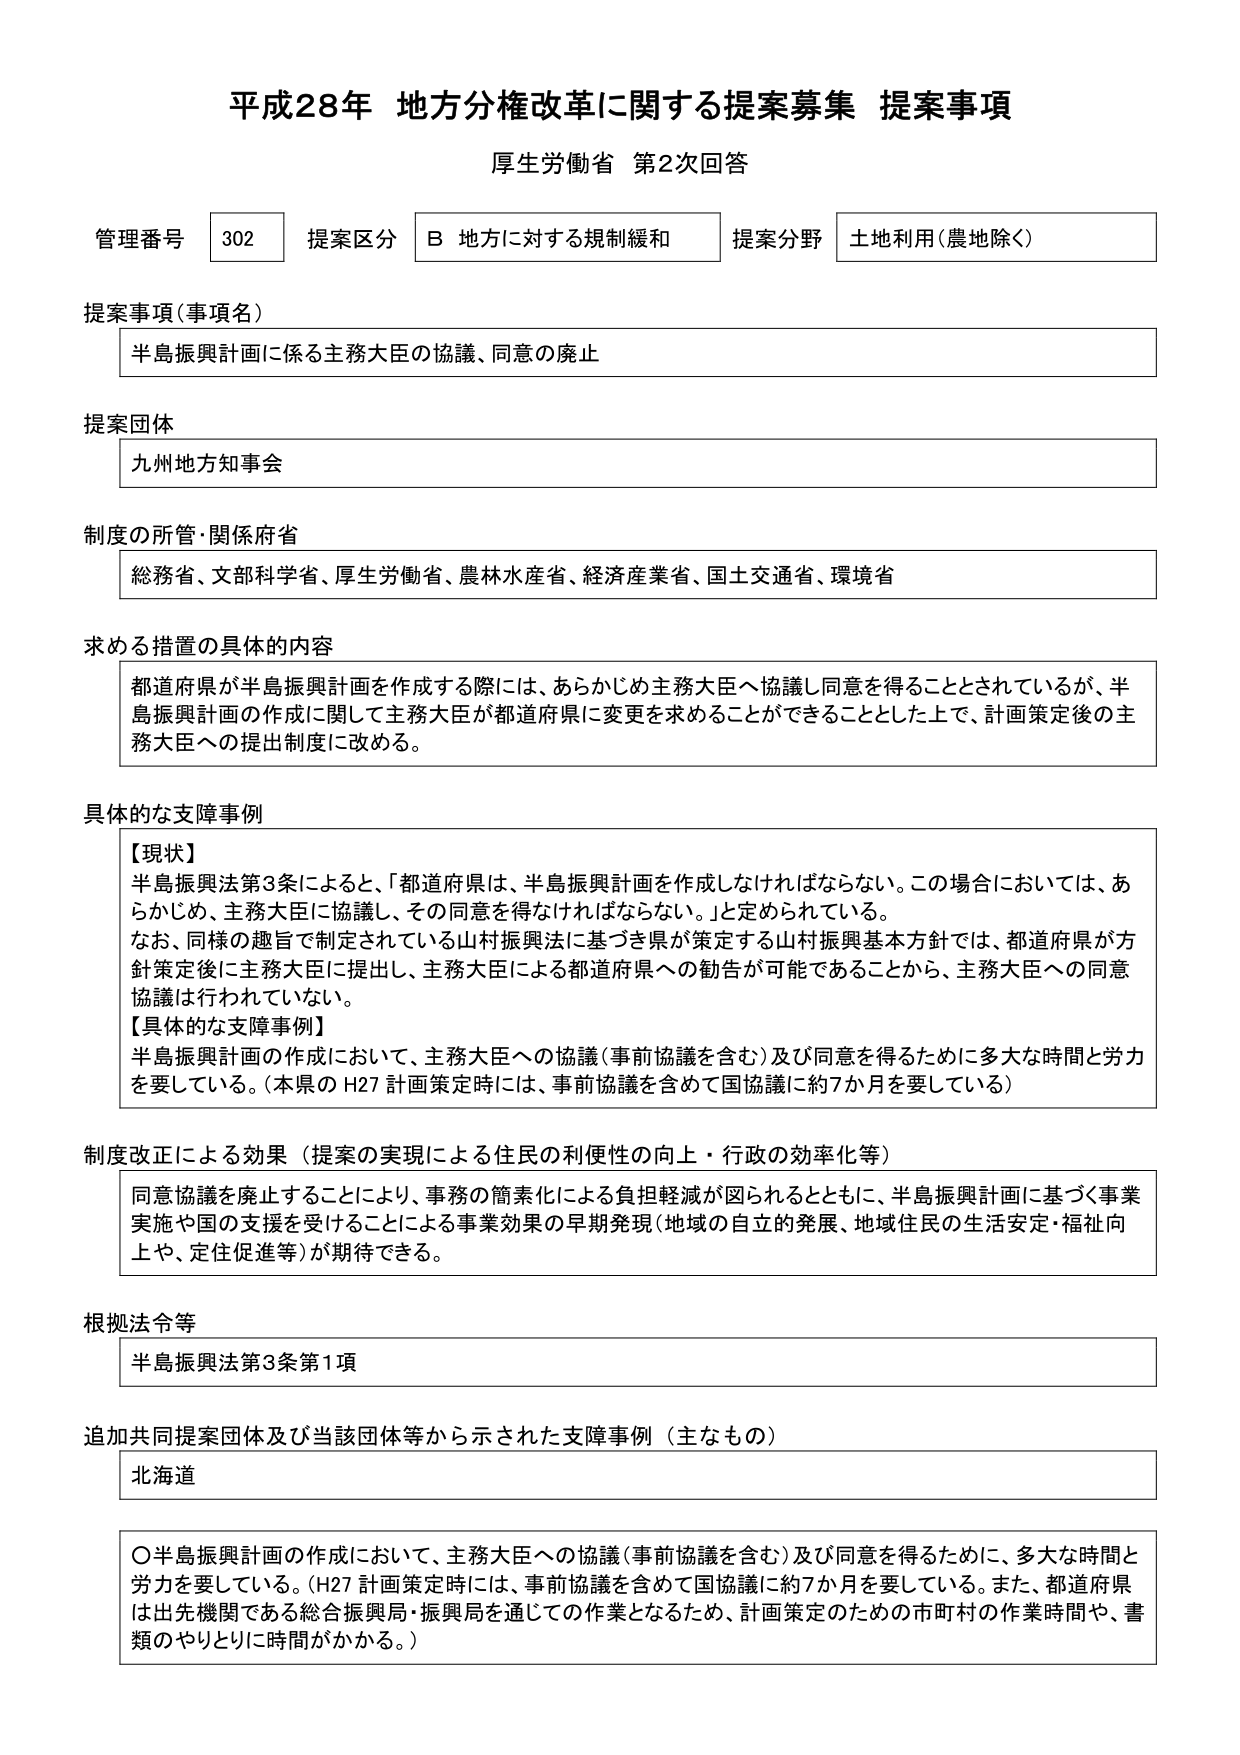
平成28年 地方分権改革に関する提案募集 提案事項
厚生労働省 第2次回答

管理番号 302 提案区分 B 地方に対する規制緩和 提案分野 土地利用（農地除く）

提案事項（事項名）
半島振興計画に係る主務大臣の協議、同意の廃止

提案団体
九州地方知事会

制度の所管・関係府省
総務省、文部科学省、厚生労働省、農林水産省、経済産業省、国土交通省、環境省

求める措置の具体的内容
都道府県が半島振興計画を作成する際には、あらかじめ主務大臣へ協議し同意を得ることとされているが、半島振興計画の作成に関して主務大臣が都道府県に変更を求めることができることとした上で、計画策定後の主務大臣への提出制度に改める。

具体的な支障事例
【現状】
半島振興法第3条によると、「都道府県は、半島振興計画を作成しなければならない。この場合においては、あらかじめ、主務大臣に協議し、その同意を得なければならない。」と定められている。
なお、同様の趣旨で制定されている山村振興法に基づき県が策定する山村振興基本方針では、都道府県が方針策定後に主務大臣に提出し、主務大臣による都道府県への勧告が可能であることから、主務大臣への同意協議は行われていない。
【具体的な支障事例】
半島振興計画の作成において、主務大臣への協議（事前協議を含む）及び同意を得るために多大な時間と労力を要している。（本県のH27計画策定時には、事前協議を含めて国協議に約7か月を要している）

制度改正による効果（提案の実現による住民の利便性の向上・行政の効率化等）
同意協議を廃止することにより、事務の簡素化による負担軽減が図られるとともに、半島振興計画に基づく事業実施や国の支援を受けることによる事業効果の早期発現（地域の自立的発展、地域住民の生活安定・福祉向上や、定住促進等）が期待できる。

根拠法令等
半島振興法第3条第1項

追加共同提案団体及び当該団体等から示された支障事例（主なもの）
北海道

〇半島振興計画の作成において、主務大臣への協議（事前協議を含む）及び同意を得るために、多大な時間と労力を要している。（H27計画策定時には、事前協議を含めて国協議に約7か月を要している。また、都道府県は出先機関である総合振興局・振興局を通じての作業となるため、計画策定のための市町村の作業時間や、書類のやりとりに時間がかかる。）